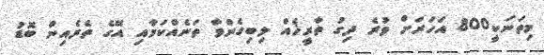
މިތަނަކީ800 އަހަރަށް ވުރެ ދިގު ތާރީޚެއް ލިބިގެންވާ ތަނެއްކަމާއި އޭގެ ތެރެއިން ބޮޑު